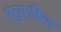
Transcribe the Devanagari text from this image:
फ़्लुएकिगर